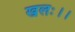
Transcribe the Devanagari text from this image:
खलः।।